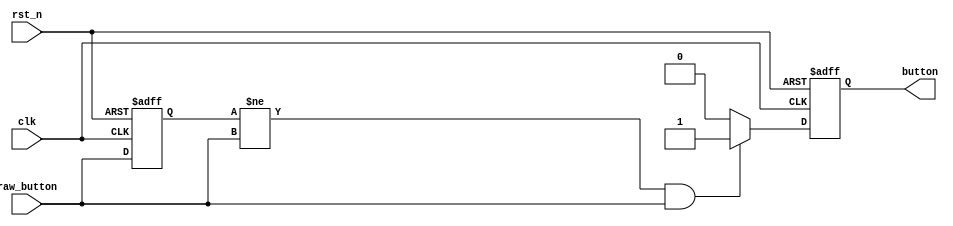
`timescale 1ns / 1ps
////////////////////////////////////////////////////////////////////////
// Debounce and edge-checking circuit for one button. It is always active.
//
// clk - system clock
// rst_n - active low reset
// raw_button - raw button input from hardware, active high
// button - active high pulse, lasts for one clock cycle when button is pressed
////////////////////////////////////////////////////////////////////////
module button(
    input clk,
    input rst_n,
    input raw_button,
    output reg button
    );

    reg prev_button;

    // Initialize prev_button in the initial block
    initial begin
        prev_button = 0;
    end

    always @(posedge clk or negedge rst_n) begin
        if (!rst_n) begin
            button <= 0;
            prev_button <= 0;
        end else begin
            if (prev_button != raw_button && raw_button) begin
                button <= 1;
            end else begin
                button <= 0;
            end
            prev_button <= raw_button;
        end
    end

endmodule